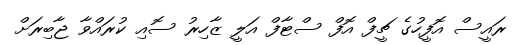
ރައީސް އޮފީހުގެ ޗީފް އޮފް ސްޓާފް އަލީ ޒާހިރު ސޮއި ކުރައްވާ ޖާބިރަށް